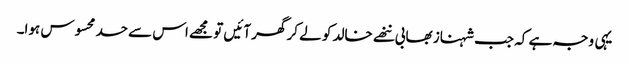
یہی وجہ ہے کہ جب شہناز بھابی ننھے خالد کو لے کر گھر آئیں تو مجھے اس سے حسد محسوس ہوا۔